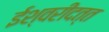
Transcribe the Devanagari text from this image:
ईश्वरीदत्त